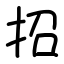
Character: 招